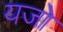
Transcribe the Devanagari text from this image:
यजो